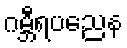
ဂမ္ဘီရပညေန